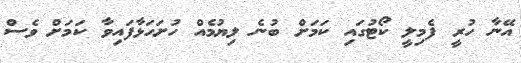
އޭނާ ހުރީ ފެމިލީ ކޯޓުގައި ކަމަށް ބުނެ ލިޔުމެއް ހުށަހަޅާފައިވާ ކަމަށް ވެސް